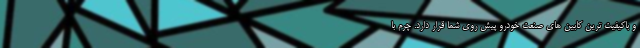
و باکیفیت ترین کابین های صنعت خودرو پیش روی شما قرار دارد. چرم با